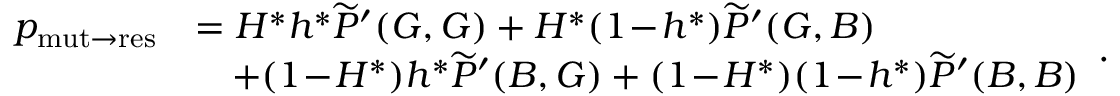
\begin{array} { r l } { p _ { \mathrm { m u t \to r e s } } } & { = H ^ { \ast } h ^ { \ast } \widetilde { P } ^ { \prime } ( G , G ) + H ^ { \ast } ( 1 \! - \! h ^ { \ast } ) \widetilde { P } ^ { \prime } ( G , B ) } \\ & { \quad + ( 1 \! - \! H ^ { \ast } ) h ^ { \ast } \widetilde { P } ^ { \prime } ( B , G ) + ( 1 \! - \! H ^ { \ast } ) ( 1 \! - \! h ^ { \ast } ) \widetilde { P } ^ { \prime } ( B , B ) } \end{array} .